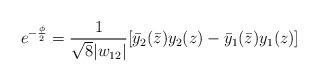
LaTeX: \begin{align*}e^{-\frac{\phi}{2}}=\frac{1}{\sqrt{8}|w_{12}|}[\bar y_2(\bar z)y_2(z)- \bar y_1(\bar z)y_1(z)]\end{align*}